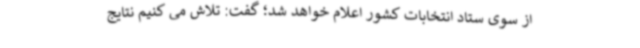
از سوی ستاد انتخابات کشور اعلام خواهد شد؛ گفت: تلاش می کنیم نتایج